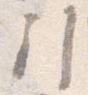
引